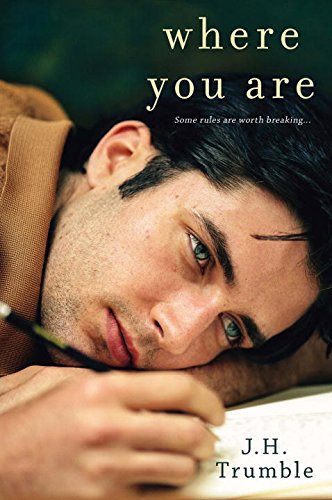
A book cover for Where You Are; J.H. Trumble; Gay & Lesbian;